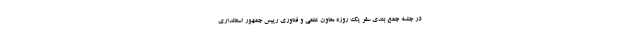
در جلسه جمع بندی سفر یک روزه معاون علمی و فناوری رییس جمهور استانداری